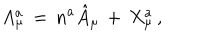
LaTeX: A _ { \mu } ^ { a } \, = \, n ^ { a } \hat { A } _ { \mu } \, + \, X _ { \mu } ^ { a } \, ,